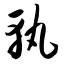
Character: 孰